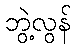
ဘွဲ့လွန်